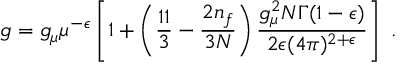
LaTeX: g = g _ { \mu } \mu ^ { - \epsilon } \left[ 1 + \left( \frac { 1 1 } { 3 } - \frac { 2 n _ { f } } { 3 N } \right) \frac { g _ { \mu } ^ { 2 } N \Gamma ( 1 - \epsilon ) } { 2 \epsilon ( 4 \pi ) ^ { 2 + \epsilon } } \right] ~ .